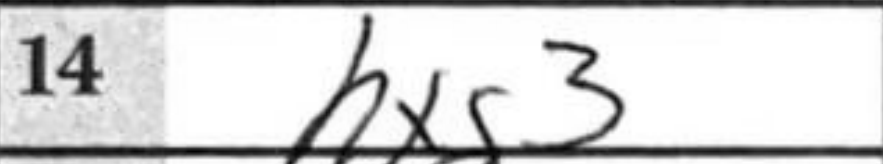
Transcription: hxg3